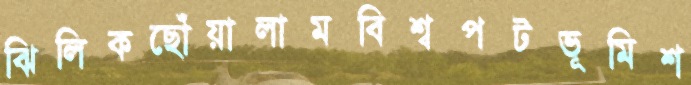
ঝিলিকছোঁয়ালামবিশ্বপটভূমিশ